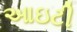
આઇટી